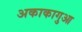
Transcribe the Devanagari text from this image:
अकाकागुआ